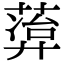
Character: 𬝭